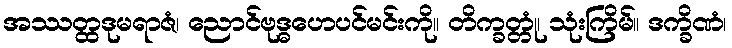
အဿတ္ထဒုမရာဇံ၊ ညောင်ဗုဒ္ဓဟေပင်မင်းကို။ တိက္ခတ္တုံ၊ သုံးကြိမ်။ ဒက္ခိဏံ၊